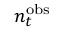
n _ { t } ^ { \mathrm { o b s } }